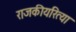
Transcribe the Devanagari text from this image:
राजकीयरित्या